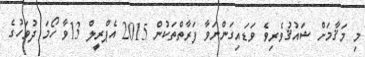
މި މަޤާމަށް ޝައުޤުވެރިވެ ވަޑައިގަންނަވާ ފަރާތްތަކުން 2015 އެޕްރީލް 13ވާ ހޯމަ ދުވަހުގެ